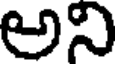
అని